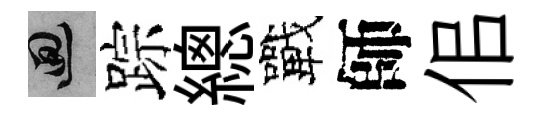
回踪總戰師佀